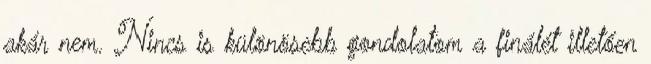
akár nem. Nincs is különösebb gondolatom a finálét illetően